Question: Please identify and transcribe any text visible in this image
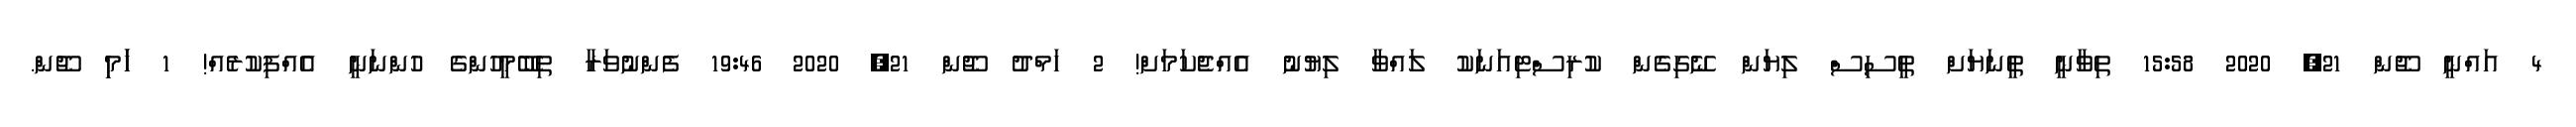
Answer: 4 އައްނީ ޖޫން 21, 2020 15:58 ތިވާނީ ތީނަޔަށް ތީސިސް ލިޔަން ނޭގިގެން ކުރިސްޓިއަނަކު ލައްވާ ލިޔުނު އެއްޖެކަމަށް! 2 ހަމްދު ޖޫން 21, 2020 19:46 ފެންނުވަރާ ތިބޭމީހުންގެ ހުންނަނީ އެއްފިކުރެއް! 1 ހަަމިި ޖޫން.